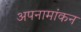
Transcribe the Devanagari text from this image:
अपनामांकन